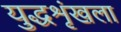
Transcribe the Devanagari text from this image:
युद्धशृंखला